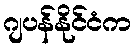
ဂျပန်နိုင်ငံက